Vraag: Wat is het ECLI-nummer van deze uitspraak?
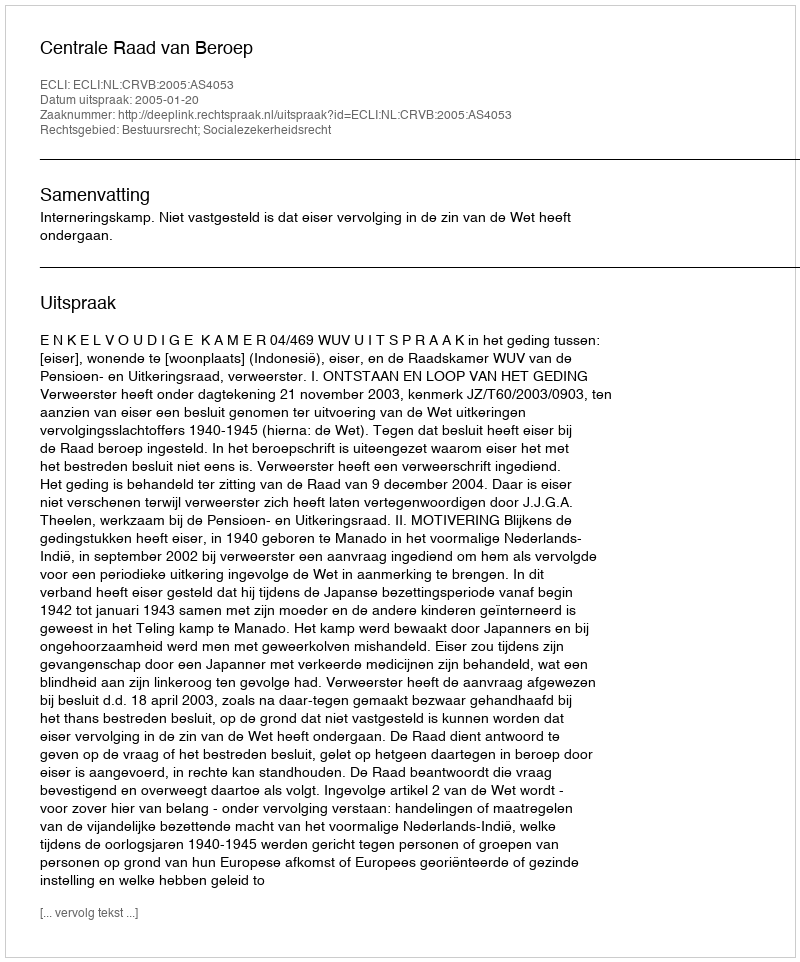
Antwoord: ECLI:NL:CRVB:2005:AS4053